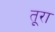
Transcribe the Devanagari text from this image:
तूरा